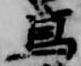
写